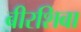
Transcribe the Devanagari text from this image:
बीरशिबा